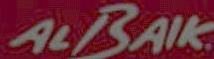
ALBAIK